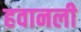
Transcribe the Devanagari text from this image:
हवानली